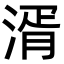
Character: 湑